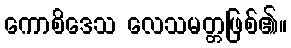
ကောစိဒေသ လေသမတ္တဖြစ်၏။